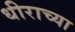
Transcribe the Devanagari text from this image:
धीराच्या